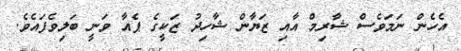
އެހެން ނަމަވެސް ޝާރިމް އާއި ޒަޔާން ޝާހިދު ޒަކީގެ ޕެއާ ވަނީ ބަލިވެފައެވެ.